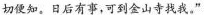
切便知。日后有事，可到金山寺找我。”